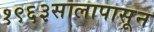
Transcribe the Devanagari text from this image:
१९६३सालापासून